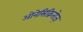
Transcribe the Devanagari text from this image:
ओनेसिक्रितोज़